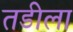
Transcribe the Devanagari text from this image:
तडीला